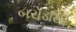
બરોડાથી